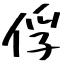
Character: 俘